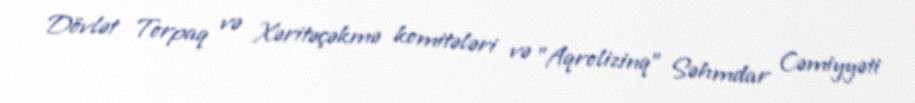
Dövlət Torpaq və Xəritəçəkmə komitələri və ”Aqrolizinq" Səhmdar Cəmiyyəti